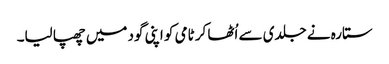
ستارہ نے جلدی سے اُٹھا کر ٹامی کو اپنی گود میں چھپا لیا۔